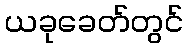
ယခုခေတ်တွင်